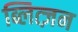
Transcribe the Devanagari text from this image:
ब्लित्ज़न